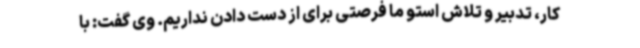
کار، تدبیر و تلاش استو ما فرصتی برای از دست دادن نداریم. وی گفت: با